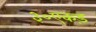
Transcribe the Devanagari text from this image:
३०एकड़